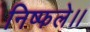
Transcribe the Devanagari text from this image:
निष्फले।।